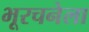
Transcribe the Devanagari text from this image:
भूरचनेला